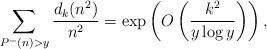
LaTeX: \begin{align*}\sum_{P^{-}(n)>y}\frac{d_k(n^2)}{n^{2}}= \exp\left(O\left(\frac{k^2}{y\log y}\right)\right),\end{align*}